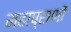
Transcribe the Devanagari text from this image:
महाप्राणों